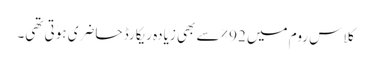
کلاس روم میں 92% سے بھی زیادہ ریکارڈ حاضری ہوتی تھی۔